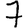
Digit: 7